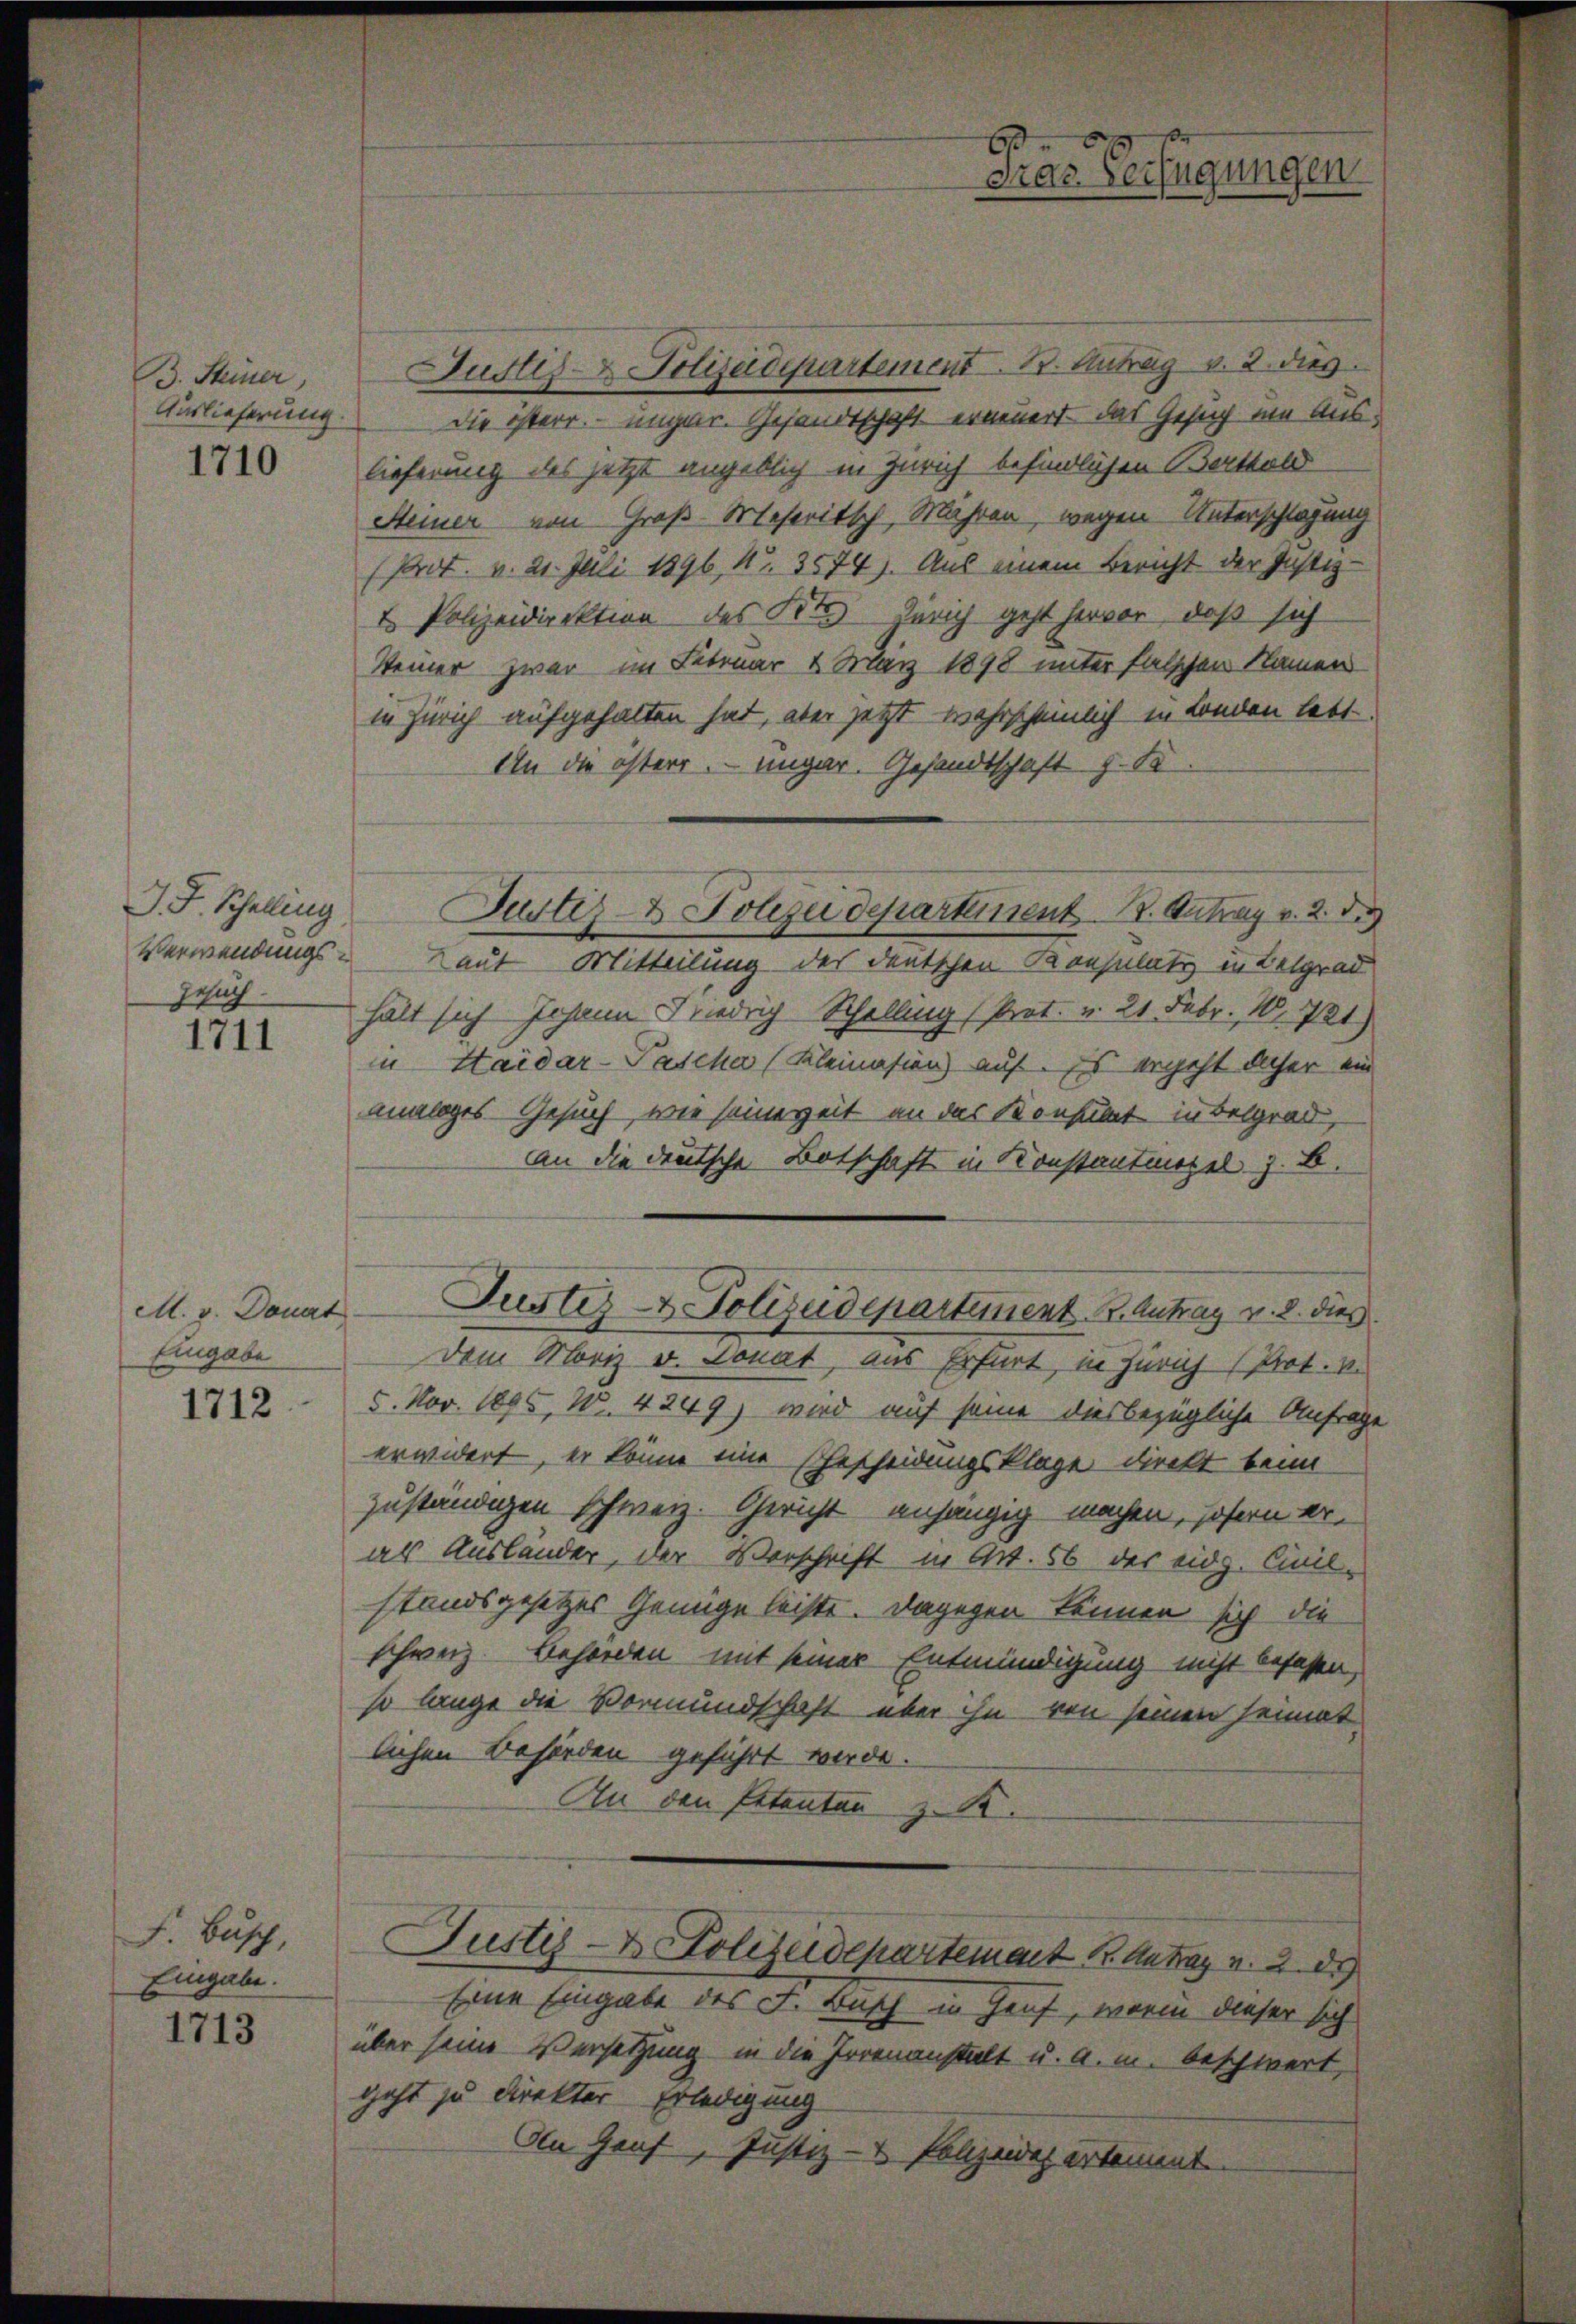
B. Steiner
Auslieferung.
1710

J. F. Schelling
Heuch
1711

M. v. Donat
Eingabe

F. Bisch,
Eingabe.

1713

Justis Polizeidepartement 13. Antrag v. 2. dies
Die österr. ungar. Gesandtschaft erneuert, das Gesuch im Auslieferung des jetzt angeblich in Zürich befindlichen Bertold
Steiner von Groß-Meseritsch, Mähren, wegen Unterschlagung
(Prot. v. 21. Juli 1896, N. 3574). Aus einem Bericht der Justiz-
2 Polizeidirektion des Kts Zürich geht hervor, daß sich
Steiner zwar im Februar 2. März 1898 unter falschen Namen
in Zürich aufgehalten hat, aber jetzt wahrscheinlich in London lebt.
An die österr. ungar. Gesandtschaft z. B
Verwendungs- Laut Mitteilung des deutschen Konsulatz in Belgrad
hält sich Johann Friedrig Schelling (Prot. v. 21 Febr. 1721)
in Haidar-Pascha (Kleinasien) auf. Es ergeht daher ein
ananges Gesuch, wie seinereit an das Konsulat in Belgrad,
An die deutsche Botschaft in Konstantmopel z. B.
Justiz u. Polizeidepartement . Antrag v. 8. dies
dem Moriz v. Donat, aus Erfurt, in Zürich (Prot. v.
1212 - 5. Nov. 1895, Nr. 4249) wird auf seine diesbezügliche Anfrage
erwidert, er könne eine Gescheidungsklage direkt beim
zuständigen schweiz. Gericht anhängig machen, sofern er-
ar Ausländer, der Verschrift in Art. 56 des eidg. Civil-
standsgesetzes Genüge leiste. Dagegen können sich die
schweiz Behörden mit seiner Entmündigung nicht befassen,
so lange die Vormundschaft über ihn von seinen Heimat
lichen Behörden geführt werde.
An den Petenten z. R.
Justiz- & Polizeidepartement B. Antrag v. 2. d.
Eine Eingabe des F. Busch in Genf, worin dieser sich
über seine Versetzung in die Irrenanstalt u. a. m. beschwert,
geht zu direkter Erledigung
An Genf, Justiz- & Polizeidig ertement.

Das Verfügungen

Justiz- & Polizeidepartement 12. Antrag v. 2. d.